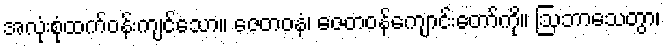
အလုံးစုံထက်ဝန်းကျင်သော။ ဇေတဝနံ၊ ဇေတဝန်ကျောင်းတော်ကို။ ဩဘာသေတွာ၊